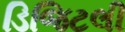
ડિજિટલી